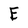
Character: E